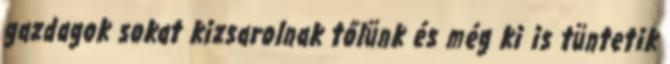
gazdagok sokat kizsarolnak tőlünk és még ki is tüntetik